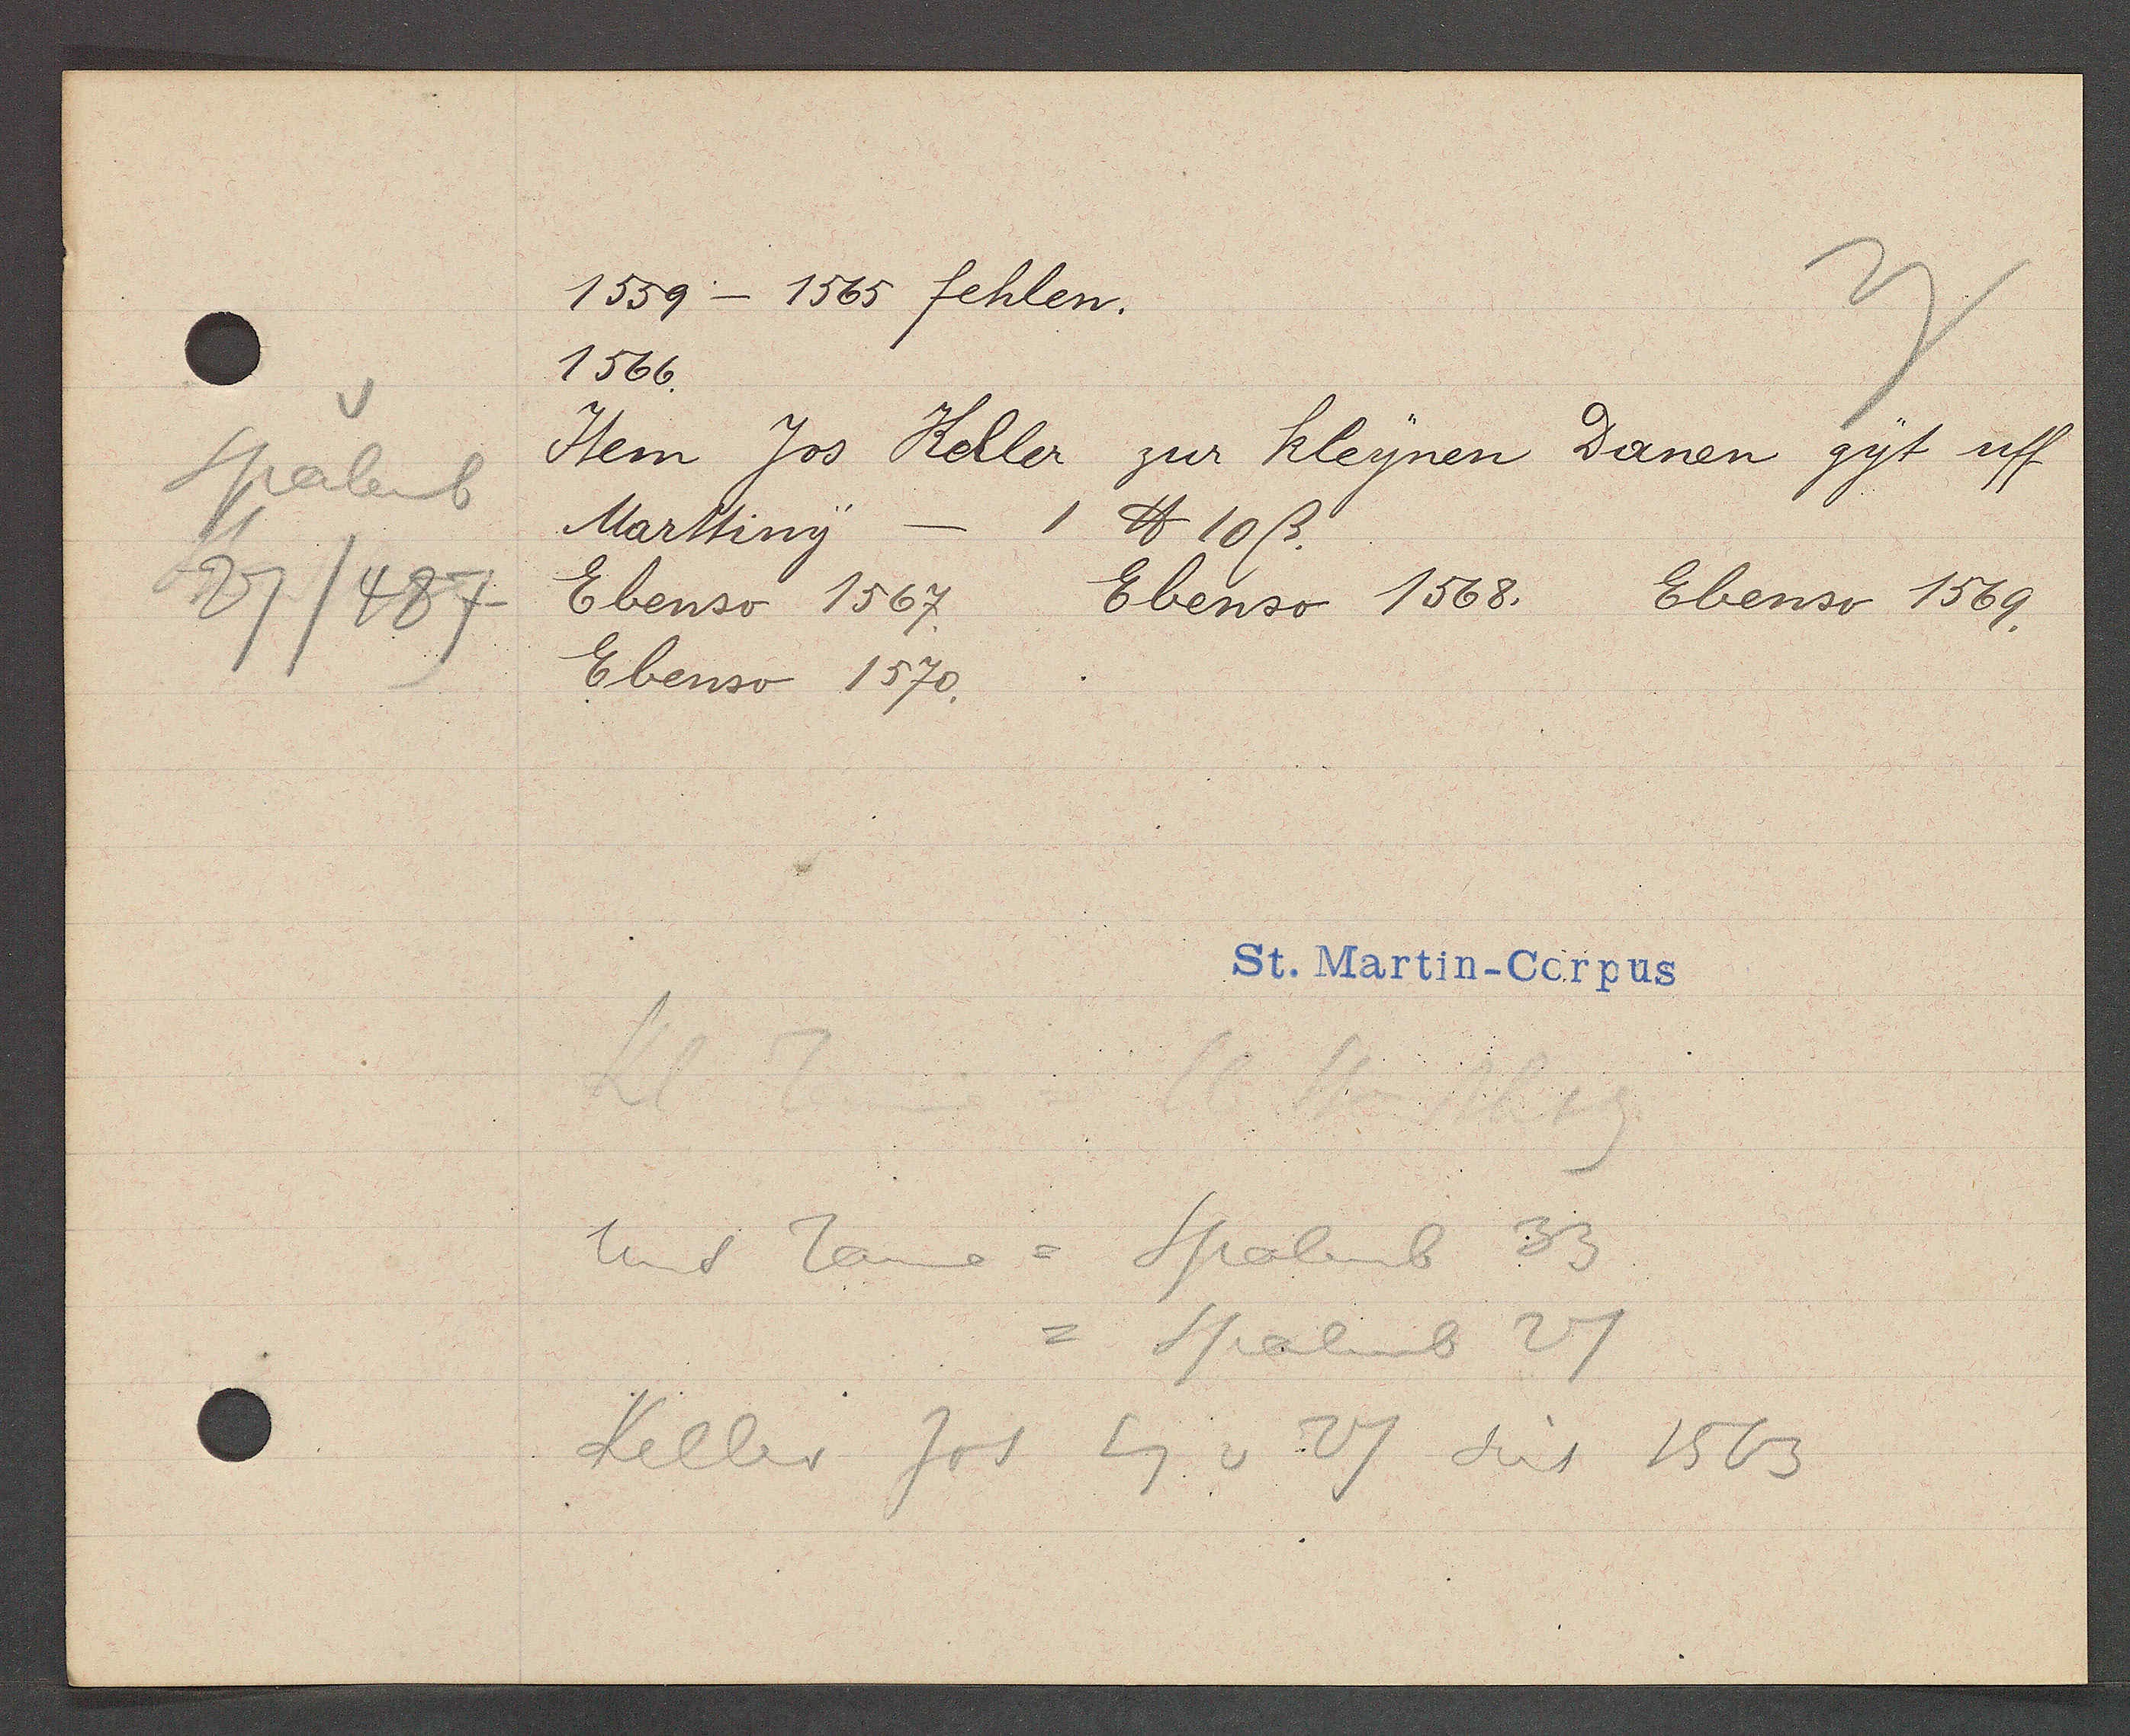
Transcript:
Spalenb
27/487

1559- 1565 fehlen.

1566.
Item Jos Keller zur kleynen Danen gyt uff
Marttiny
1 ℔ 10ß.
Ebenso 1569.
Ebenso 1567.
Ebenso 1568.
Ebenso 1570.

St. Martin-Corpus

unt Tanne = Spalenb 33
= Spalenb 27
Keller Jos Eg v 27 seit 1563